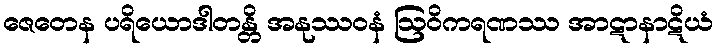
ဇေတေန ပရိယောဒါတန္တိ အနုဿဝနံ ဩဝိကရဏဿ အာဋာနာဋိယံ